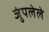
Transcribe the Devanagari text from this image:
जुंपलेले